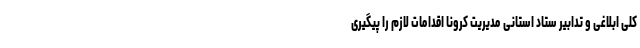
کلی ابلاغی و تدابیر ستاد استانی مدیریت کرونا اقدامات لازم را پیگیری